Madras plague regulations and rules - Volume 1
Disease focus: Plague
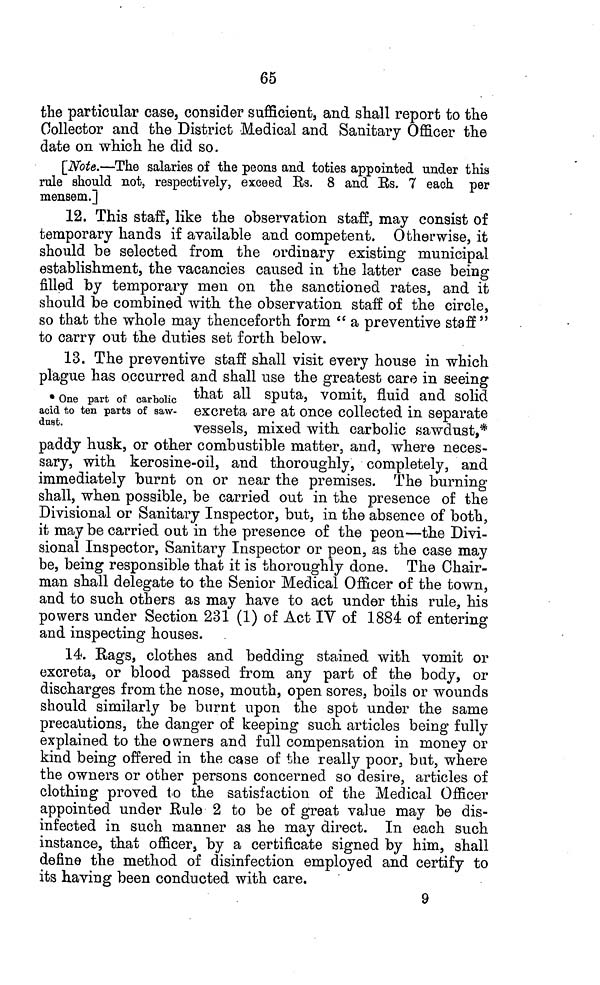
65
the particular case, consider sufficients and shall report to the
Collector and the District Medical and Sanitary Officer the
date on which he did so.
[Note.—The salaries of the peons and toties appointed under this
rule should not, respectively, exceed Rs. 8 and Rs. 7 each per
mensem.]
12. This staff, like the observation staff, may consist of
temporary hands if available and competent. Otherwise, it
should be selected from the ordinary existing municipal
establishment, the vacancies caused in the latter case being
filled by temporary men on the sanctioned rates, and it
should be combined with the observation staff of the circle,
so that the whole may thenceforth form " a preventive staff"
to carry out the duties set forth below.
* One part of carbolic
acid to ten parts of saw-
dust.
13. The preventive staff shall visit every house in which
plague has occurred and shall use the greatest care in seeing
that all sputa, vomit, fluid and solid
excreta are at once collected in separate
vessels, mixed with carbolic sawdust,*
paddy husk, or other combustible matter, and, where neces-
sary, with kerosine-oil, and thoroughly, completely, and
immediately burnt on or near the premises. The burning
shall, when possible, be carried out in the presence of the
Divisional or Sanitary Inspector, but, in the absence of both,
it may be carried out in the presence of the peon—the Divi-
sional Inspector, Sanitary Inspector or peon, as the case may
be, being responsible that it is thoroughly done. The Chair-
man shall delegate to the Senior Medical Officer of the town,
and to such others as may have to act under this rule, his
powers under Section 231 (1) of Act IV of 1884 of entering
and inspecting houses.
14. Rags, clothes and bedding stained with vomit or
excreta, or blood passed from any part of the body, or
discharges from the nose, mouth, open sores, boils or wounds
should similarly be burnt upon the spot under the same
precautions, the danger of keeping such articles being fully
explained to the owners and full compensation in money or
kind being offered in the case of the really poor, but, where
the owners or other persons concerned so desire, articles of
clothing proved to the satisfaction of the Medical Officer
appointed under Rule 2 to be of great value may be dis-
infected in such manner as he may direct. In each such
instance, that officer, by a certificate signed by him, shall
define the method of disinfection employed and certify to
its having been conducted with care.
9